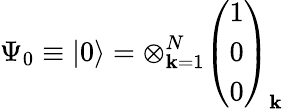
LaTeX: \Psi_{0}\equiv\left|0\right\rangle=\otimes_{\mathbf{k}=1}^{N}\left(\begin{array}{l}{{1}}\\ {{0}}\\ {{0}}\end{array}\right)_{\mathbf{k}}